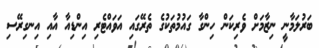
ބަރުލަމާނީ ނިޒާމަށް ވެރިކަން ހިންގާ ގައުމުތަކުގެ ތެރޭގައި އަވައްޓެރި އިންޑިއާ އާއި އިނގިރޭސި